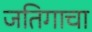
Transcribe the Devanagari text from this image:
जतिगाचा